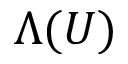
\Lambda ( U )